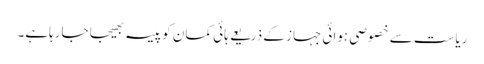
ریاست سے خصوصی ہوائی جہاز کے ذریعے ہائی کمان کو پیسہ بھیجا جارہاہے۔